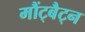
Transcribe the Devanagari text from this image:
मौंट्बैट्न